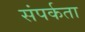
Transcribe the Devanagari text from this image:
संपर्कता